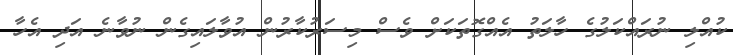
ކުއްލި ނުރައްކަލުގެ ހާލަތު އެއްގޮތަކަށް ވެސް މިސަރުކާރުން އުވާލައިގެން ނުވާނެ އަދި އެހާ